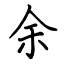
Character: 余